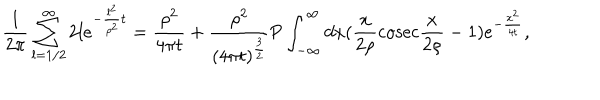
{ \frac { 1 } { 2 \pi } } \sum _ { l = 1 / 2 } ^ { \infty } 2 l e ^ { - { \frac { l ^ { 2 } } { \rho ^ { 2 } } } t } = { \frac { \rho ^ { 2 } } { 4 \pi t } } + { \frac { \rho ^ { 2 } } { ( 4 \pi t ) ^ { \frac { 3 } { 2 } } } } \mathrm { P } \int _ { - \infty } ^ { \infty } d x ( { \frac { x } { 2 \rho } } \mathrm { c o s e c } { \frac { x } { 2 \rho } } - 1 ) e ^ { - { \frac { x ^ { 2 } } { 4 t } } } ,